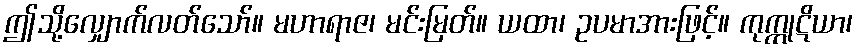
ဤသို့လျှောက်လတ်သော်။ မဟာရာဇ၊ မင်းမြတ်။ ယထာ၊ ဥပမာအားဖြင့်။ ကုက္ကုဋိယာ၊